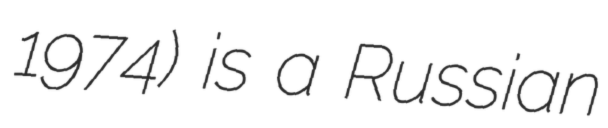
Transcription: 1974) is a Russian